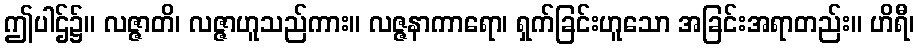
ဤပါဌ်၌။ လဇ္ဇာတိ၊ လဇ္ဇာဟူသည်ကား။ လဇ္ဇနာကာရော၊ ရှက်ခြင်းဟူသော အခြင်းအရာတည်း။ ဟိရီ၊